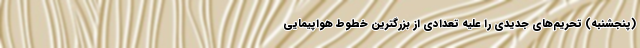
(پنجشنبه) تحریم‌های جدیدی را علیه تعدادی از بزرگترین خطوط هواپیمایی